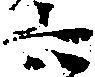
六